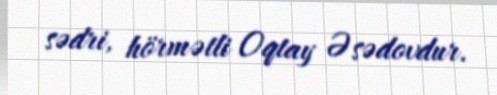
sədri, hörmətli Oqtay Əsədovdur.